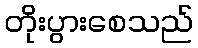
တိုးပွားစေသည်